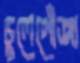
চুলেগোঁজা